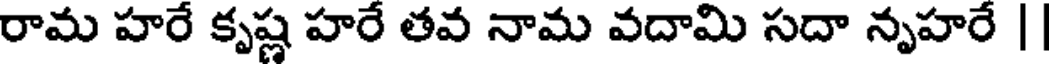
రామ హరే కృష్ణ హరే తవ నామ వదామి సదా నృహరే |